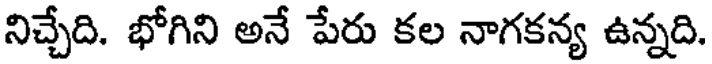
నిచ్చేది. భోగిని అనే పేరు కల నాగకన్య ఉన్నది.